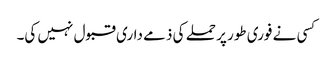
کسی نے فوری طور پر حملے کی ذمے داری قبول نہیں کی۔